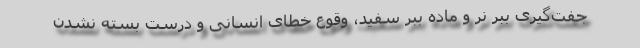
جفت‌گیری ببر نر و ماده ببر سفید، وقوع خطای انسانی و درست بسته نشدن